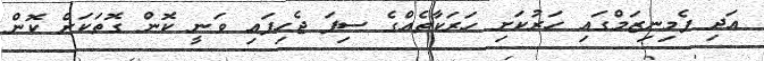
އަދި ފެމިނިޒަމްގައި ހަރުކަށި ހަރަކާތެއްގެ ސިފަ ޖެހިފައި ވަނީ ކޮން ގޮތަކަށް ކޮން